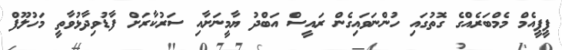
ޕީޕީއެމް މެމްބަރެއްގެ ގޮތުގައި ހުންނަވައިގެން ރައީސް އަބްދު ޔާމީނަށާއި ސަރުކާރަށް ފާޑުވިދާޅުވާތީ މަހުލޫފް